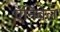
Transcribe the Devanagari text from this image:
ऍनिबेल